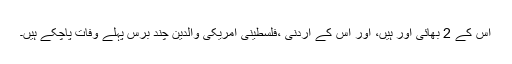
اس کے 2 بھائی اور ہیں، اور اس کے اردنی ،فلسطینی امریکی والدین چند برس پہلے وفات پاچکے ہیں۔